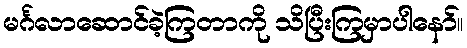
မင်္ဂလာဆောင်ခဲ့ကြတာကို သိပြီးကြမှာပါနော်။